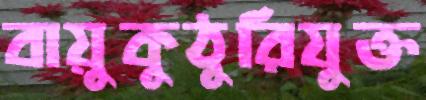
বায়ুকুঠুরিযুক্ত